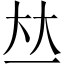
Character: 𠀤